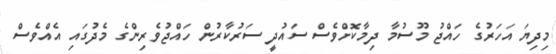
މިދިޔަ އަހަރުގެ ހައްޖު މޫސުމާ ދިމާކޮށްވެސް ސައުދީ ސަރުކާރުން ހައްޖުވެރިންގެ މެދުގައި އެއްވެސް